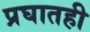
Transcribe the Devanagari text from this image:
प्रघातही